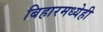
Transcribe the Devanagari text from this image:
बिहारमध्येही